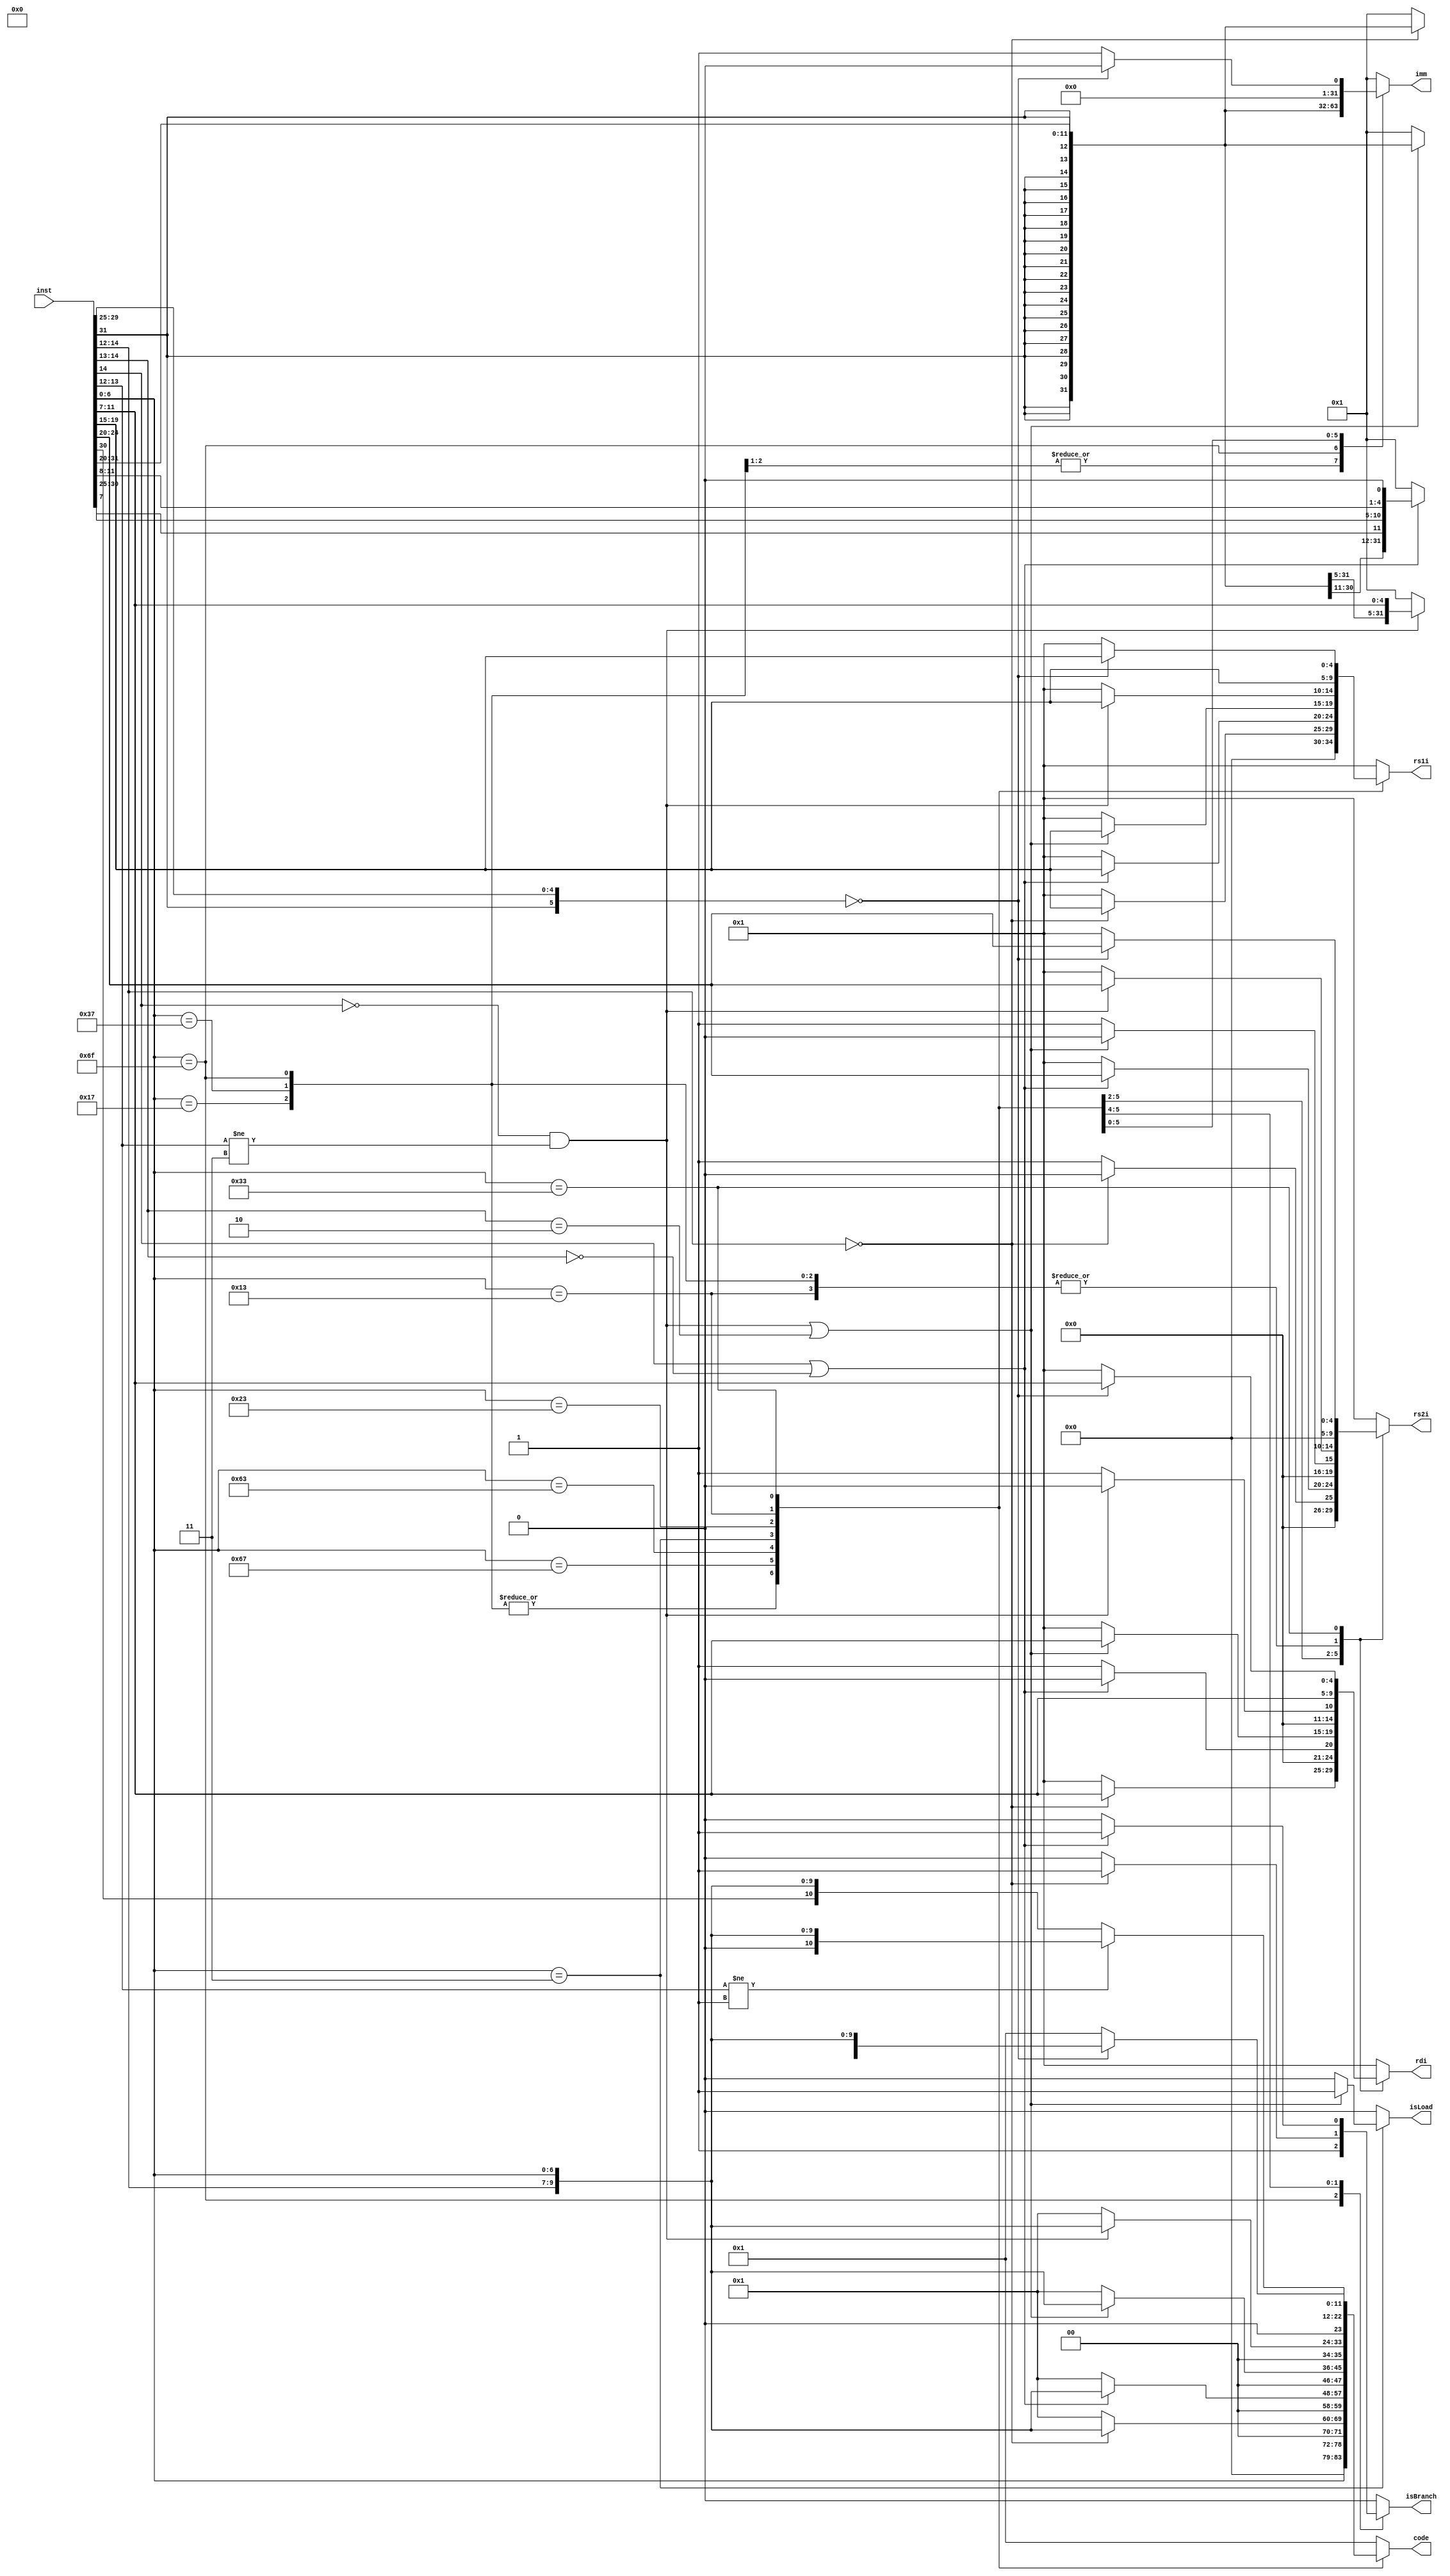
module decoder(
		input [31:0] inst,

		output reg [4:0] rs1i,
		output reg [4:0] rs2i,
		output reg [4:0] rdi,
		output reg [31:0] imm,
		output reg [11:0] code,

		output reg isLoad,
		output reg isBranch
	 );

	always @* begin
		rs2i      = 5'b1;
		rs1i      = 5'b1;
		rdi       = 5'b1;
		imm       = 32'b1;
		code      = 12'b1;

		isBranch  = 1'b0;
		isLoad    = 1'b0;
		case (inst[6:0])
			7'b0010111: begin                 // lui
				imm          <= {inst[31:12], {12{1'b0}}};
				rdi          <= inst[11:7];
				rs1i         <= {5{1'b0}};
				rs2i         <= {5{1'b0}};
				code         <= {{5{1'b0}} , inst[6:0]};

				isBranch     <= 1'b0;
				isLoad       <= 1'b0;
			end

			7'b0110111: begin                 // auipc
				imm          <= {inst[31:12], {12{1'b0}}};
				rdi          <= inst[11:7];
				rs1i         <= {5{1'b0}};
				rs2i         <= {5{1'b0}};
				code         <= {{5{1'b0}} , inst[6:0]};

				isBranch     <= 1'b0;
				isLoad       <= 1'b0;
			end

			7'b1101111: begin                             // jal
				imm          <= {{11{inst[31]}},inst[31],inst[19:12],inst[20],inst[30:21],1'b0};
				rdi          <= inst[11:7];
				rs1i         <= {5{1'b0}};
				rs2i         <= {5{1'b0}};
				code         <= {{5{1'b0}} , inst[6:0]};

				isBranch     <= 1'b1;
				isLoad       <= 1'b0;
			end
			7'b1100111: begin                             // jalr
				if (inst[14:12] == 3'b000) begin
					imm      <= {{20{inst[31]}},inst[31:20]};
					rs1i     <= inst[19:15];
					rdi      <= inst[11:7];
					rs2i     <= {5{1'b0}};
					code     <= {{2{1'b0}} ,inst[14:12] , inst[6:0]};

					isBranch <= 1'b1;
					isLoad   <= 1'b0;
				end
			end
			7'b1100011: begin                             // bXX
				if((inst[14] == 1'b1)||(inst[14:13] == 2'b00)) begin
					imm      <= {{19{inst[31]}},inst[31],inst[7],inst[30:25],inst[11:8],1'b0};
					rdi      <= {5{1'b0}};
					rs1i     <= inst[19:15];
					rs2i     <= inst[24:20];
					code     <= {{2{1'b0}} ,inst[14:12] , inst[6:0]};

					isBranch <= 1'b1;
					isLoad   <= 1'b0;
				end
			end
			7'b0000011: begin                             // lX
				if(((inst[14] == 1'b0)&&(inst[13:12] != 2'b11))||(inst[14:13] == 2'b10)) begin // lX
					imm      <= {{20{inst[31]}},inst[31:20]};
					rs1i     <= inst[19:15];
					rdi      <= inst[11:7];
					rs2i     <= {5{1'b0}};
					code     <= {{2{1'b0}} ,inst[14:12] , inst[6:0]};

					isBranch <= 1'b0;
					isLoad   <= 1'b1;
				end
			end
			7'b0100011: begin                             // sX
				if((inst[14] == 1'b0)&&(inst[13:12] != 2'b11)) begin    // sX
					imm      <= {{20{inst[31]}},inst[31:25],inst[11:7]} ;
					rs1i     <= inst[19:15];
					rs2i     <= inst[24:20];
					rdi      <= {5{1'b0}};
					code     <= {{2{1'b0}} ,inst[14:12] , inst[6:0]};

					isBranch <= 1'b0;
					isLoad   <= 1'b0;
				end
			end
			7'b0010011: begin // arith & logic imm
				if (inst[13:12] != 2'b01)begin // arith imm
					rdi      <= inst[11:7];
					rs1i     <= inst[19:15];
					rs2i     <= {5{1'b0}};
					imm      <= {{20{inst[31]}},inst[31:20]};
					code     <= {2'b00 ,inst[14:12] , inst[6:0]};

					isBranch <= 1'b0;
					isLoad   <= 1'b0;
				end else begin // sw & etc
					rdi      <= inst[11:7];
					rs1i     <= inst[19:15];
					rs2i     <= {5{1'b0}};
					imm      <= {{20{inst[31]}},inst[31:20]};
					code     <= {1'b0, inst[30] ,inst[14:12] , inst[6:0]};  // Diferentiation between SRLI and SRAI is implicit on code

					isBranch <= 1'b0;
					isLoad   <= 1'b0;
				end
			end
			7'b0110011: begin // arith and logic
				if({inst[31], inst[29:25]} == 6'b000000) begin //add,sllst,sltu,xor,srl,or,and,sub,sra
					rs2i     <= inst[24:20];
					rs1i     <= inst[19:15];
					rdi      <= inst[11:7];
					imm      <= {32{1'b0}};
					code     <= {inst[30],inst[25] ,inst[14:12] , inst[6:0]};

					isBranch <= 1'b0;
					isLoad   <= 1'b0;
				end
			end
		endcase
	end

endmodule